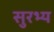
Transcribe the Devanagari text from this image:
सुरभ्य